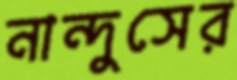
নান্দুসের